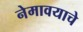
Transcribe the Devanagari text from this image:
नेमावयाचे